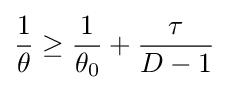
{\frac {1}{\theta }}\geq {\frac {1}{\theta _{0}}}+{\frac {\tau }{D-1}}